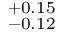
^ { + 0 . 1 5 } _ { - 0 . 1 2 }